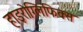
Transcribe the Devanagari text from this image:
हाइरोग्लिफिक्स